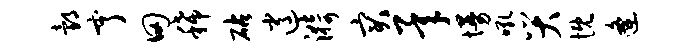
邰亨田稀砧逍漪突承墁吼哭慨逄